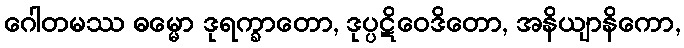
ဂေါတမဿ ဓမ္မော ဒုရက္ခာတော, ဒုပ္ပဋိဝေဒိတော, အနိယျာနိကော,